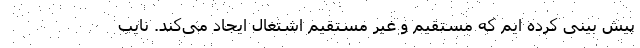
پیش بینی کرده ایم که مستقیم و غیر مستقیم اشتغال ایجاد می‌کند. نایب